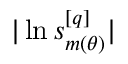
| \ln s _ { m ( { \theta } ) } ^ { [ q ] } |